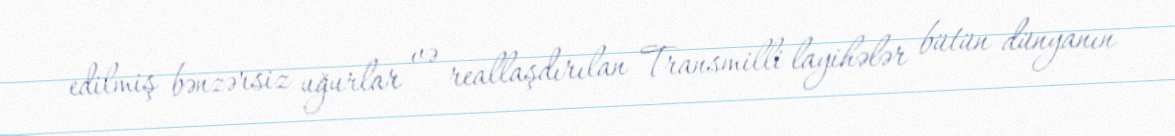
edilmiş bənzərsiz uğurlar və reallaşdırılan Transmilli layihələr bütün dünyanın